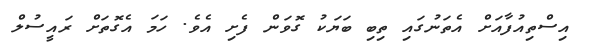
އިސްތިއުފާއަށް އެތަނުގައި ތިބި ބަޔަކު ގޮވަން ފެށި އެވެ. ހަމަ އެގޮތަށް ރައީސުލް